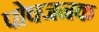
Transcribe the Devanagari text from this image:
पोषजनक